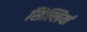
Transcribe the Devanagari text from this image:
सिल्लियां